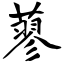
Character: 蓼